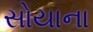
સોયાના